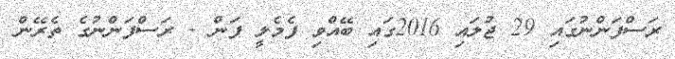
ރަސްފަންނުގައި 29 ޖުލައި 2016ގައި ބޭއްވި ފެމެލީ ފަން - ރަސްފަންނުގެ ތެރޭން